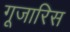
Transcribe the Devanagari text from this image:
गूजारिस